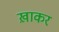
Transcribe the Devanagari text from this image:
ख़ाकर